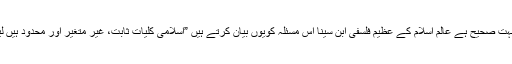
اجتہاد کوجواسلام کی قوت محرکہ کہاگیاہےبہت صحیح ہے عالم اسلام کے عظیم فلسفی ابن سینا اس مسئلہ کویوں بیان کرتے ہیں ”اسلامی کلیات ثابت، غیر متغیر اور محدود ہیں لیکن حوادث اورمسائل لامحدوداور متغیرہیں ۔